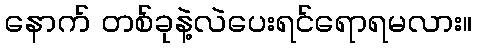
နောက် တစ်ခုနဲ့လဲပေးရင်ရောရမလား။